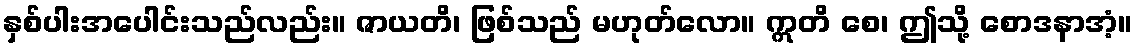
နှစ်ပါးအပေါင်းသည်လည်း။ ဇာယတိ၊ ဖြစ်သည် မဟုတ်လော။ ဣတိ စေ၊ ဤသို့ စောဒနာအံ့။